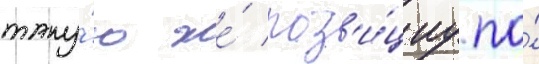
таку́ю же́ поз'и́циу по́